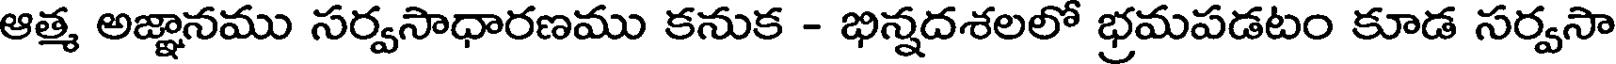
ఆత్మ అజ్ఞానము సర్వసాధారణము కనుక - భిన్నదశలలో భ్రమపడటం కూడ సర్వసా